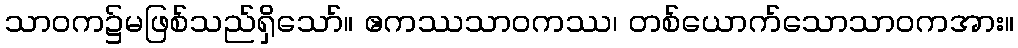
သာဝက၌မဖြစ်သည်ရှိသော်။ ဧကဿသာဝကဿ၊ တစ်ယောက်သောသာဝကအား။